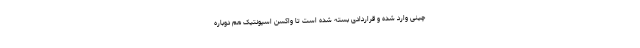
چینی وارد شده و قراردادی بسته شده است تا واکسن اسپونتیک هم دوباره